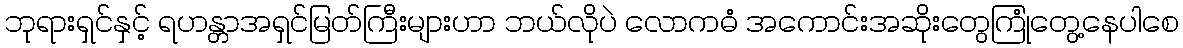
ဘုရားရှင်နှင့် ရဟန္တာအရှင်မြတ်ကြီးများဟာ ဘယ်လိုပဲ လောကဓံ အကောင်းအဆိုးတွေကြုံတွေ့နေပါစေ